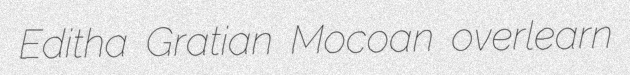
Editha Gratian Mocoan overlearn